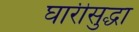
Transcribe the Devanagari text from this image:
घारीसुद्धा